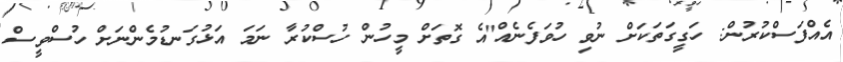
އެއްފަސްކުރުން: ހަގީގަތަކަށް ނުވި ހުވަފެނެއް"އެ ގޮތަށް މީހުން ހުސްކުރާ ނަމަ އަޅުގަނޑުމެންނަށް ހުސްވީސް